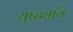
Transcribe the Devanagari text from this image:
यष्ट्यांचे